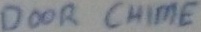
Text: DOOR CHIME